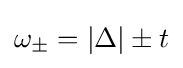
\omega _{\pm }=|\Delta |\pm t